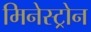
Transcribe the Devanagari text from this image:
मिनेस्ट्रोन